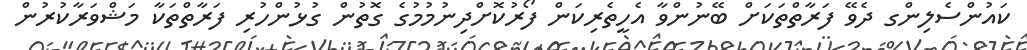
ކައުންސެލިންގ ދެވޭ ފަރާތްތަކަށް ބޭނުންވާ އެހީތެރިކަން ފޯރުކޮށްދިނުމުމުގެ ގޮތުން ގުޅުންހުރި ފަރާތްތަކާ މަޝްވަރާކުރުން